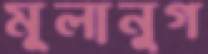
মূলানুগ